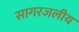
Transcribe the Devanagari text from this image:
सागरजलीय